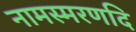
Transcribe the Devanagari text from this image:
नामस्मरणदि